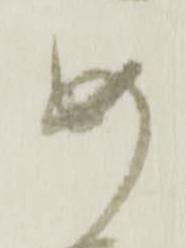
め